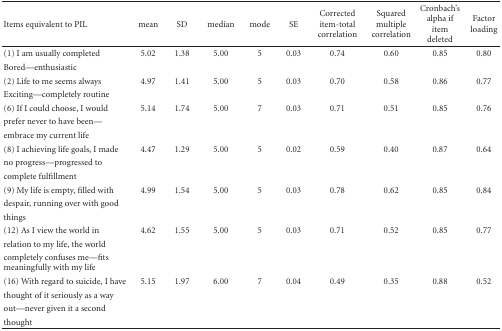
<table><thead><tr><td><b>Items equivalent to PIL</b></td><td><b>mean</b></td><td><b>SD</b></td><td><b>median</b></td><td><b>mode</b></td><td><b>SE</b></td><td><b>Corrected item-total correlation</b></td><td><b>Squared multiple correlation</b></td><td><b>Cronbach&#x27;s alpha if item deleted</b></td><td><b>Factor loading</b></td></tr></thead><tbody><tr><td>(1) I am usually completed</td><td>5.02</td><td>1.38</td><td>5.00</td><td>5</td><td>0.03</td><td>0.74</td><td>0.60</td><td>0.85</td><td>0.80</td></tr><tr><td>Bored—enthusiastic</td><td></td><td></td><td></td><td></td><td></td><td></td><td></td><td></td><td></td></tr><tr><td>(2) Life to me seems always</td><td>4.97</td><td>1.41</td><td>5.00</td><td>5</td><td>0.03</td><td>0.70</td><td>0.58</td><td>0.86</td><td>0.77</td></tr><tr><td>Exciting—completely routine</td><td></td><td></td><td></td><td></td><td></td><td></td><td></td><td></td><td></td></tr><tr><td>(6) If I could choose, I would</td><td>5.14</td><td>1.74</td><td>5.00</td><td>7</td><td>0.03</td><td>0.71</td><td>0.51</td><td>0.85</td><td>0.76</td></tr><tr><td>prefer never to have been—</td><td></td><td></td><td></td><td></td><td></td><td></td><td></td><td></td><td></td></tr><tr><td>embrace my current life</td><td></td><td></td><td></td><td></td><td></td><td></td><td></td><td></td><td></td></tr><tr><td>(8) I achieving life goals, I made</td><td>4.47</td><td>1.29</td><td>5.00</td><td>5</td><td>0.02</td><td>0.59</td><td>0.40</td><td>0.87</td><td>0.64</td></tr><tr><td>no progress—progressed to</td><td></td><td></td><td></td><td></td><td></td><td></td><td></td><td></td><td></td></tr><tr><td>complete fulfillment</td><td></td><td></td><td></td><td></td><td></td><td></td><td></td><td></td><td></td></tr><tr><td>(9) My life is empty, filled with</td><td>4.99</td><td>1.54</td><td>5.00</td><td>5</td><td>0.03</td><td>0.78</td><td>0.62</td><td>0.85</td><td>0.84</td></tr><tr><td>despair, running over with good</td><td></td><td></td><td></td><td></td><td></td><td></td><td></td><td></td><td></td></tr><tr><td>things</td><td></td><td></td><td></td><td></td><td></td><td></td><td></td><td></td><td></td></tr><tr><td>(12) As I view the world in</td><td>4.62</td><td>1.55</td><td>5.00</td><td>5</td><td>0.03</td><td>0.71</td><td>0.52</td><td>0.85</td><td>0.77</td></tr><tr><td>relation to my life, the world</td><td></td><td></td><td></td><td></td><td></td><td></td><td></td><td></td><td></td></tr><tr><td>completely confuses me—fits</td><td></td><td></td><td></td><td></td><td></td><td></td><td></td><td></td><td></td></tr><tr><td>meaningfully with my life</td><td></td><td></td><td></td><td></td><td></td><td></td><td></td><td></td><td></td></tr><tr><td>(16) With regard to suicide, I have</td><td>5.15</td><td>1.97</td><td>6.00</td><td>7</td><td>0.04</td><td>0.49</td><td>0.35</td><td>0.88</td><td>0.52</td></tr><tr><td>thought of it seriously as a way</td><td></td><td></td><td></td><td></td><td></td><td></td><td></td><td></td><td></td></tr><tr><td>out—never given it a second</td><td></td><td></td><td></td><td></td><td></td><td></td><td></td><td></td><td></td></tr><tr><td>thought</td><td></td><td></td><td></td><td></td><td></td><td></td><td></td><td></td><td></td></tr></tbody></table>